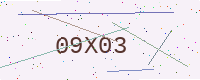
Text: 09X03